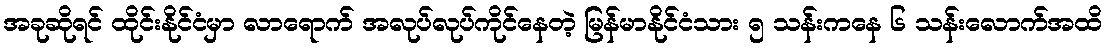
အခုဆိုရင် ထိုင်းနိုင်ငံမှာ လာရောက် အလုပ်လုပ်ကိုင်နေတဲ့ မြန်မာနိုင်ငံသား ၅ သန်းကနေ ၆ သန်းလောက်အထိ